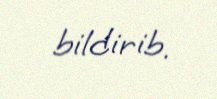
bildirib.